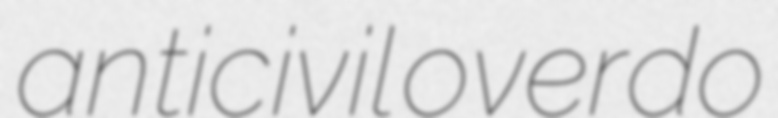
anticivil overdo